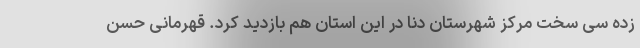
زده سی سخت مرکز شهرستان دنا در این استان هم بازدید کرد. قهرمانی حسن